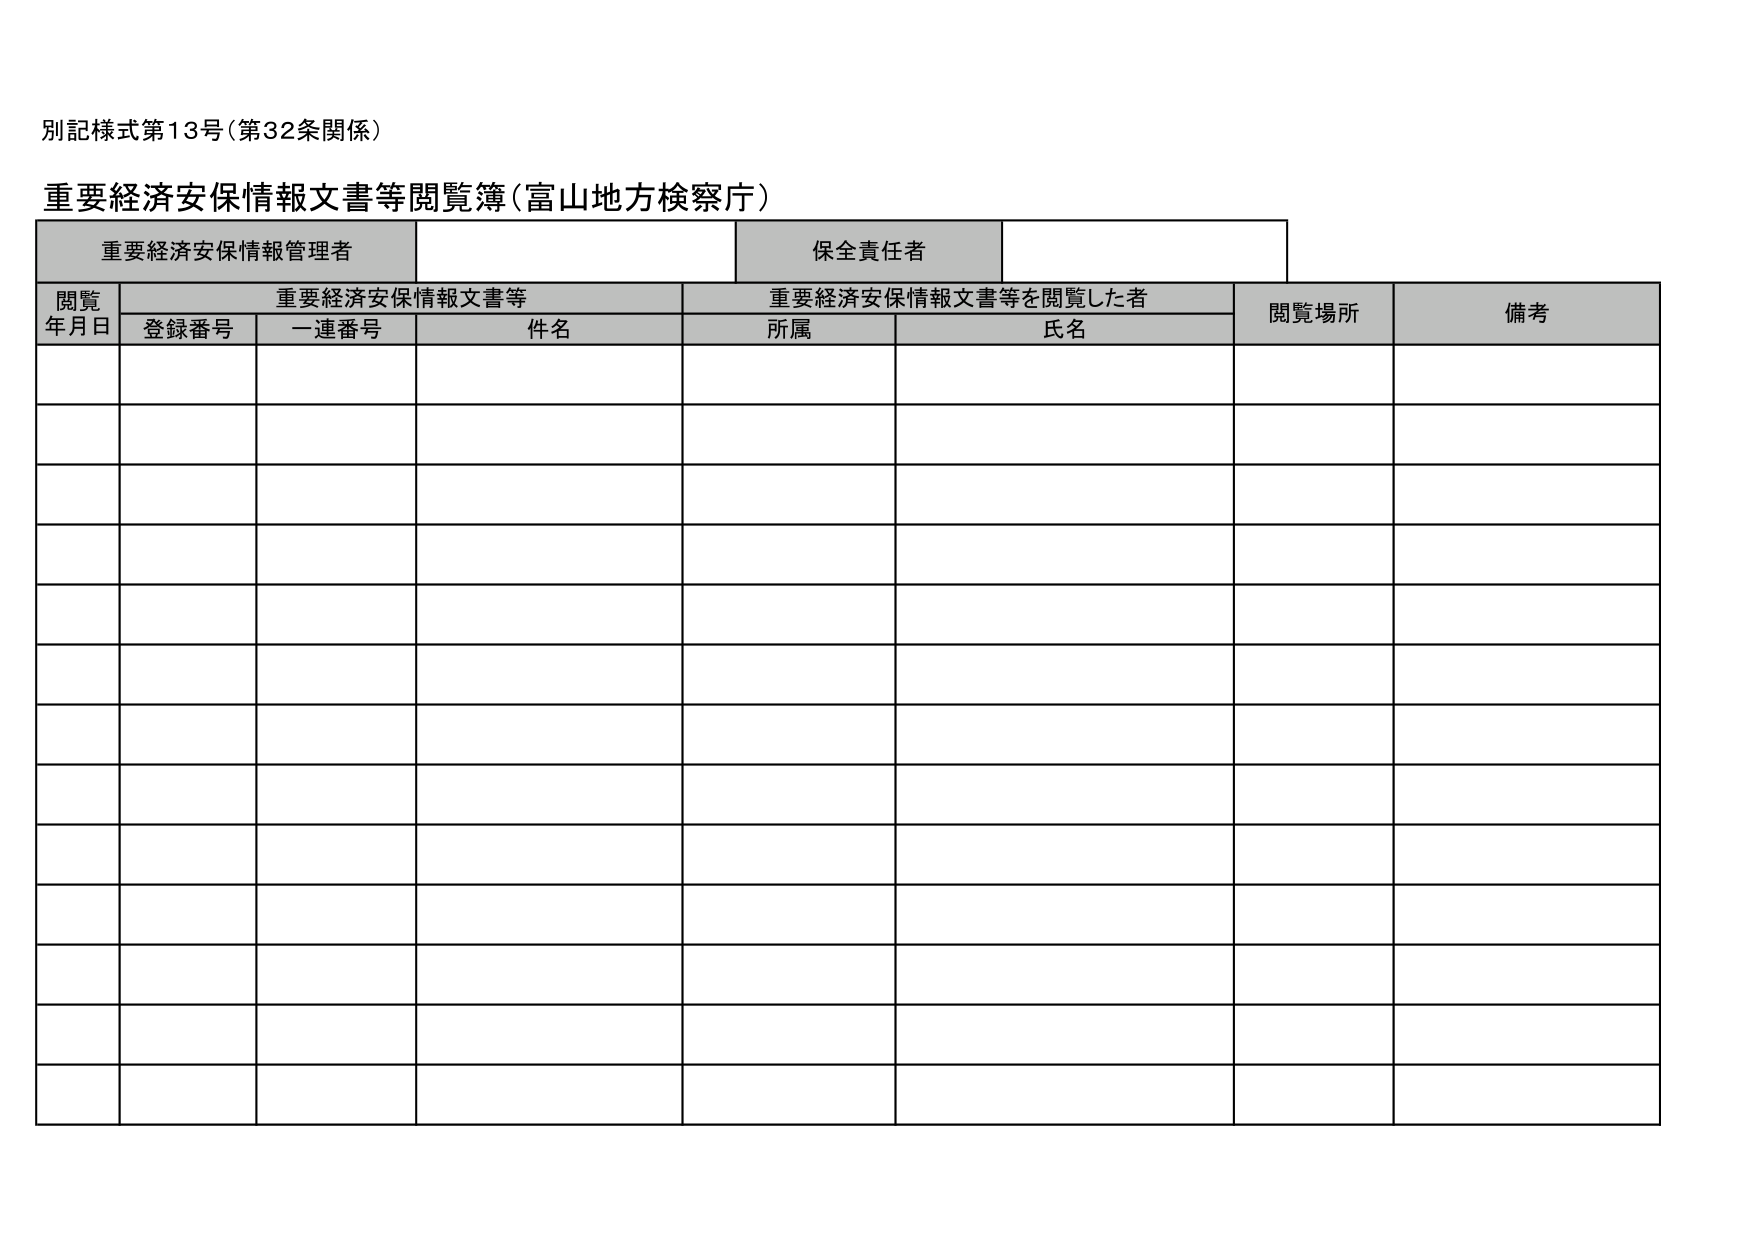
別記様式第13号（第32条関係）

重要経済安保情報文書等閲覧簿（富山地方検察庁）

重要経済安保情報管理者
保全責任者

閲覧
年月日
重要経済安保情報文書等
重要経済安保情報文書等を閲覧した者
閲覧場所
備考

登録番号
一連番号
件名
所属
氏名